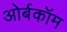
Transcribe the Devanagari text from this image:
ओर्बकॉम